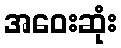
အဝေးဆုံး